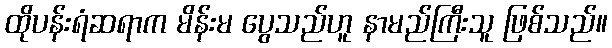
ထိုပန်းရံဆရာက မိန်းမ ပွေသည်ဟူ နာမည်ကြီးသူ ဖြစ်သည်။